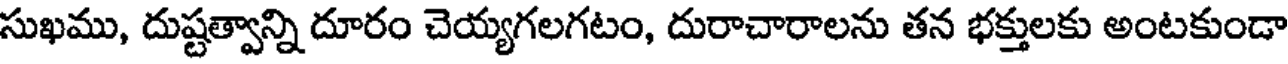
సుఖము, దుష్టత్వాన్ని దూరం చెయ్యగలగటం, దురాచారాలను తన భక్తులకు అంటకుండా